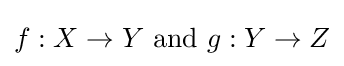
f:X\to Y{\text{ and }}g:Y\to Z